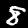
Digit: 8